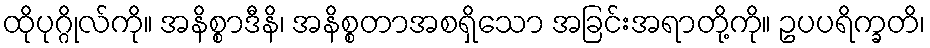
ထိုပုဂ္ဂိုလ်ကို။ အနိစ္စာဒီနိ၊ အနိစ္စတာအစရှိသော အခြင်းအရာတို့ကို။ ဥပပရိက္ခတိ၊